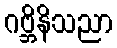
ဂဗ္ဘိနိသညာ